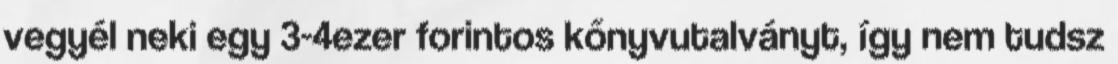
vegyél neki egy 3-4ezer forintos kőnyvutalványt, így nem tudsz